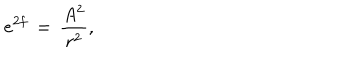
e ^ { 2 f } \, = \, \frac { A ^ { 2 } } { r ^ { 2 } } ,